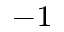
^ { - 1 }